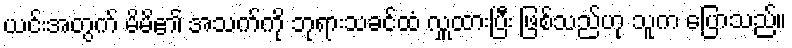
ယင်းအတွက် မိမိ၏ အသက်ကို ဘုရားသခင်ထံ လှူထားပြီး ဖြစ်သည်ဟု သူက ပြောသည်။